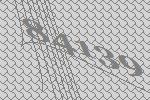
84139